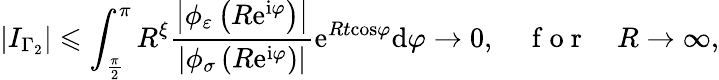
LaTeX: \left\vert I_{\Gamma_{2}}\right\vert\leqslant\int_{\frac{\pi}{2}}^{\pi}R^{\xi}\frac{\left\vert\phi_{\varepsilon}\left(R\mathrm{e}^{\mathrm{i}\varphi}\right)\right\vert}{\left\vert\phi_{\sigma}\left(R\mathrm{e}^{\mathrm{i}\varphi}\right)\right\vert}\mathrm{e}^{Rt\mathrm{\cos}\varphi}\mathrm{d}\varphi\rightarrow 0,\quad\mathrm{~f~o~r~}\quad R\rightarrow\infty,